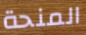
المنحة